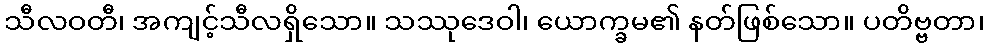
သီလဝတီ၊ အကျင့်သီလရှိသော။ သဿုဒေဝါ၊ ယောက္ခမ၏ နတ်ဖြစ်သော။ ပတိဗ္ဗတာ၊